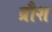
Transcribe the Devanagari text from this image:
ब्रौश